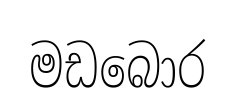
මඩබොර